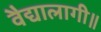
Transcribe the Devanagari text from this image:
वैद्यालागी॥